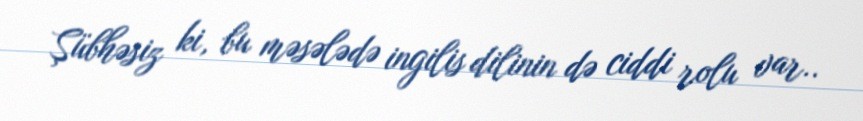
Şübhəsiz ki, bu məsələdə ingilis dilinin də ciddi rolu var..